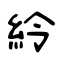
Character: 紷